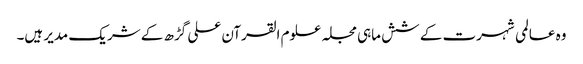
وہ عالمی شہرت کے شش ماہی مجلہ علوم القرآن علی گڑھ کے شریک مدیر ہیں۔